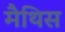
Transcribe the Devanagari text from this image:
मैथिस